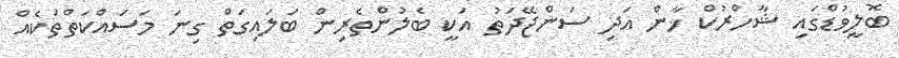
ބޮލީވުޑްގައި ޝާހްރުކް ޚާން އަދި ސަންޖޭދަތު އަކީ ބެލުންތެރިން ބަލައިގަތް ގިނަ މަސައްކަތްތަކެއް